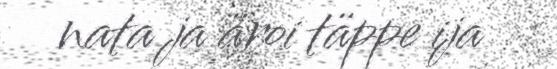
nata ja äroi täppe ija